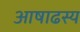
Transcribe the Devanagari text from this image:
आषाढस्य